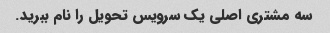
سه مشتری اصلی یک سرویس تحویل را نام ببرید.